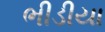
ભીડીયા